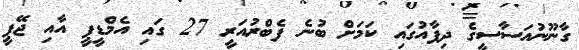
ގާނޫނުއަސާސީގެ ދިފާއުގައި ކަމަށް ބުނެ ފެބްރުއަރީ 27 ގައި އެމްޑީޕީ އާއި ޖޭޕީ